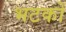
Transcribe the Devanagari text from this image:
भटकों